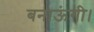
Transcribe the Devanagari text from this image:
बनाऊंगी।